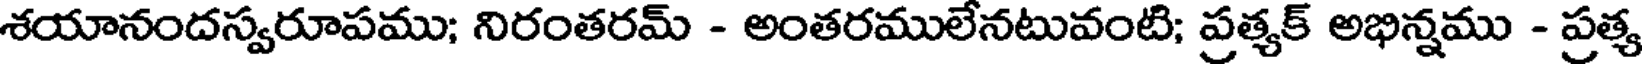
శయానందస్వరూపము; నిరంతరమ్ - అంతరములేనటువంటి; ప్రత్యక్ అభిన్నము - ప్రత్య